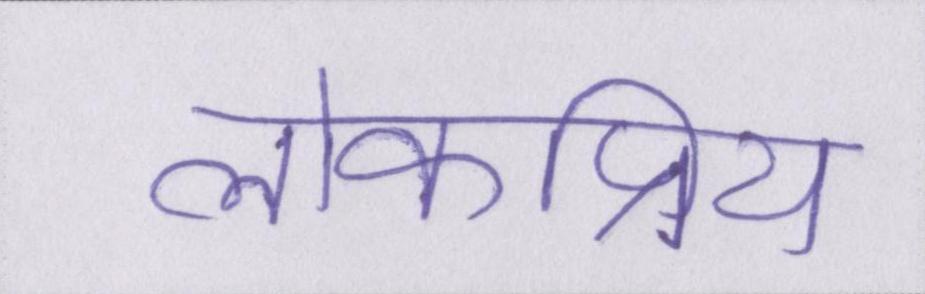
लोकप्रिय